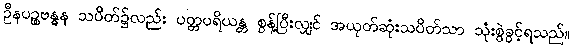
ဦနပဉ္စဗန္ဓန သပိတ်၌လည်း ပတ္တပရိယန္တ စွန့်ပြီးလျှင် အယုတ်ဆုံးသပိတ်သာ သုံးစွဲခွင့်ရသည်။